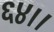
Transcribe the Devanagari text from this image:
६४।।